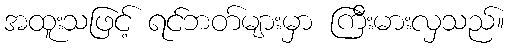
အထူးသဖြင့် ရင်ဘတ်များမှာ ကြီးမားလှသည်။